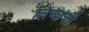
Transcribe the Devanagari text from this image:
चिच्छक्तौ